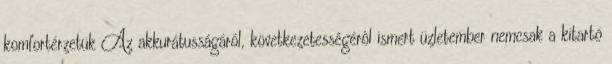
komfortérzetük Az akkurátusságáról, következetességérôl ismert üzletember nemcsak a kitartó